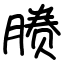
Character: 𬂉